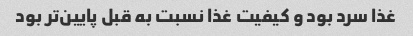
غذا سرد بود و کیفیت غذا نسبت به قبل پایین‌تر بود